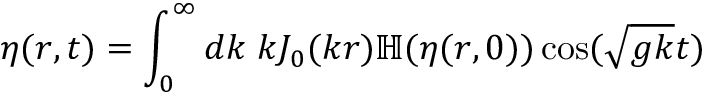
\eta ( r , t ) = \int _ { 0 } ^ { \infty } d k \; k J _ { 0 } ( k r ) \mathbb { H } ( \eta ( r , 0 ) ) \cos ( \sqrt { g k } t )